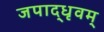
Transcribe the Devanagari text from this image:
जपाद्‌धृवम्